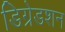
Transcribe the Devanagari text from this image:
डिग्रेडशन